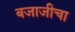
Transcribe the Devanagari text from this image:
बजाजीचा